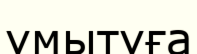
ұмытуға